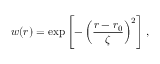
w ( r ) = \exp \left[ - \left( \frac { r - r _ { 0 } } { \zeta } \right) ^ { 2 } \right] ,